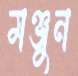
মঞ্জুন